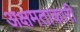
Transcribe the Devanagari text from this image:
अक्षमताकारी